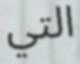
التي